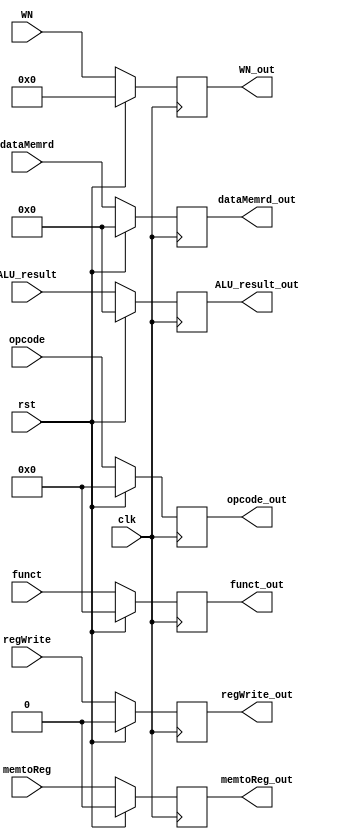
module reg_MEM_WB( opcode, funct, clk, rst, regWrite, memtoReg, dataMemrd, ALU_result, WN,
                   opcode_out, funct_out, regWrite_out, memtoReg_out, dataMemrd_out, ALU_result_out, WN_out) ;
    input clk, rst, regWrite, memtoReg ;
    input [4:0] WN;
    input [31:0] dataMemrd, ALU_result; 
  input[5:0] funct, opcode;
    output regWrite_out, memtoReg_out ;
    output [4:0] WN_out ;
    output [31:0] dataMemrd_out, ALU_result_out ;
  output reg [5:0] funct_out, opcode_out;
    reg  regWrite_out, memtoReg_out ;
    reg [4:0] WN_out ;
    reg [31:0] dataMemrd_out, ALU_result_out ;

    always@(posedge clk )begin
        if ( rst ) begin
          opcode_out <= 5'd0;
          funct_out <= 5'd0;
            regWrite_out <= 0;
            memtoReg_out <= 0; 
            dataMemrd_out <= 32'd0;
            ALU_result_out <= 32'd0;
            WN_out <= 5'd0;
        end 
        else begin
          opcode_out <= opcode;
            funct_out <= funct;
            regWrite_out <= regWrite;
            memtoReg_out <= memtoReg;
            dataMemrd_out <= dataMemrd;
            ALU_result_out <= ALU_result;
            WN_out <= WN;
        end
    end // always
  
    
endmodule